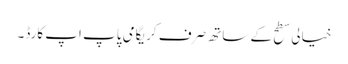
خیالی سطح کے ساتھ صرف کریگامی پاپ اپ کارڈ۔